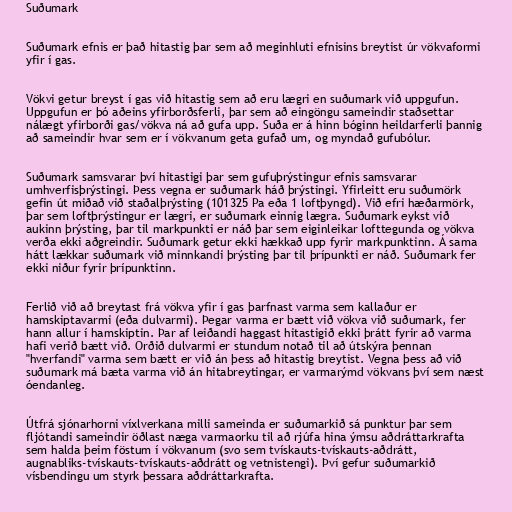
Suðumark

Suðumark efnis er það hitastig þar sem að meginhluti efnisins breytist úr vökvaformi
yfir í gas.

Vökvi getur breyst í gas við hitastig sem að eru lægri en suðumark við uppgufun.
Uppgufun er þó aðeins yfirborðsferli, þar sem að eingöngu sameindir staðsettar
nálægt yfirborði gas/vökva ná að gufa upp. Suða er á hinn bóginn heildarferli þannig
að sameindir hvar sem er í vökvanum geta gufað um, og myndað gufubólur.

Suðumark samsvarar því hitastigi þar sem gufuþrýstingur efnis samsvarar
umhverfisþrýstingi. Þess vegna er suðumark háð þrýstingi. Yfirleitt eru suðumörk
gefin út miðað við staðalþrýsting (101325 Pa eða 1 loftþyngd). Við efri hæðarmörk,
þar sem loftþrýstingur er lægri, er suðumark einnig lægra. Suðumark eykst við
aukinn þrýsting, þar til markpunkti er náð þar sem eiginleikar lofttegunda og vökva
verða ekki aðgreindir. Suðumark getur ekki hækkað upp fyrir markpunktinn. Á sama
hátt lækkar suðumark við minnkandi þrýsting þar til þrípunkti er náð. Suðumark fer
ekki niður fyrir þrípunktinn.

Ferlið við að breytast frá vökva yfir í gas þarfnast varma sem kallaður er
hamskiptavarmi (eða dulvarmi). Þegar varma er bætt við vökva við suðumark, fer
hann allur í hamskiptin. Þar af leiðandi haggast hitastigið ekki þrátt fyrir að varma
hafi verið bætt við. Orðið dulvarmi er stundum notað til að útskýra þennan
"hverfandi" varma sem bætt er við án þess að hitastig breytist. Vegna þess að við
suðumark má bæta varma við án hitabreytingar, er varmarýmd vökvans því sem næst
óendanleg.

Útfrá sjónarhorni víxlverkana milli sameinda er suðumarkið sá punktur þar sem
fljótandi sameindir öðlast næga varmaorku til að rjúfa hina ýmsu aðdráttarkrafta
sem halda þeim föstum í vökvanum (svo sem tvískauts-tvískauts-aðdrátt,
augnabliks-tvískauts-tvískauts-aðdrátt og vetnistengi). Því gefur suðumarkið
vísbendingu um styrk þessara aðdráttarkrafta.